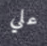
علي